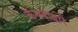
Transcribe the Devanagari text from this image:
कॅनडाद्वारे